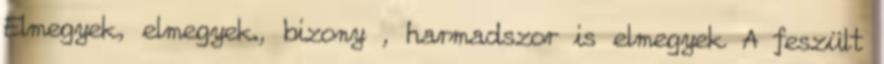
Elmegyek, elmegyek., bizony , harmadszor is elmegyek A feszült